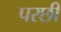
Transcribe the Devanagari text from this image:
परछी